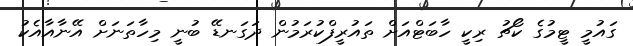
ގައުމީ ޓީމުގެ ކޯޗު ރިކީ ހާބަޓްއަށް ތައުރީފްކުރަމުން ދަގަނޑޭ ބުނީ މިހާތަނަށް އޭނާއާއެކު